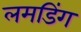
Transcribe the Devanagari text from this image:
लमडिंग